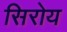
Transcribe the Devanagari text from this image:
सिरोय